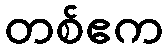
တစ်ဧက